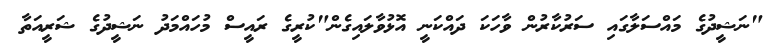
"ނަޝީދުގެ މައްސަލާގައި ސަރުކާރުން ވާހަކަ ދައްކަނީ އޮޅުވާލައިގެން"ކުރީގެ ރައީސް މުހައްމަދު ނަޝީދުގެ ޝަރީއަތާ